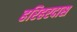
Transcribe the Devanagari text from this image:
हरिहरदास